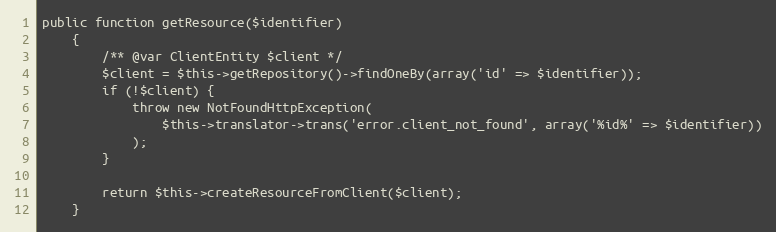
Language: PHP
public function getResource($identifier)
    {
        /** @var ClientEntity $client */
        $client = $this->getRepository()->findOneBy(array('id' => $identifier));
        if (!$client) {
            throw new NotFoundHttpException(
                $this->translator->trans('error.client_not_found', array('%id%' => $identifier))
            );
        }

        return $this->createResourceFromClient($client);
    }